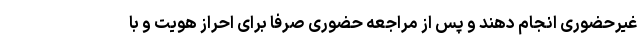
غیرحضوری انجام دهند و پس از مراجعه حضوری صرفاً برای احراز هویت و با